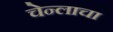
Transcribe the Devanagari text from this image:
चेन्लाचा